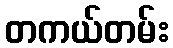
တကယ်တမ်း